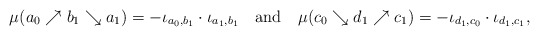
\begin{align*}\mu(a_0\nearrow b_1\searrow a_1)=-\iota_{a_0,b_1}\cdot\iota_{a_1,b_1}\mbox{ \ \ and \ \ }\mu(c_0\searrow d_1\nearrow c_1)=-\iota_{d_1,c_0}\cdot\iota_{d_1,c_1},\end{align*}